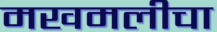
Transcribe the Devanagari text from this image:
मखमलीचा